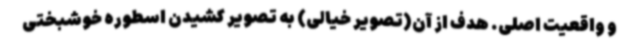
و واقعیت اصلی. هدف از آن(تصویر خیالی) به تصویر کشیدن اسطوره خوشبختی